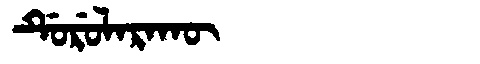
Manchu: ᡩᡠᡵᡠᠯᠠᡵᠠᡴᡡ
Romanization: DURULARAKŪ